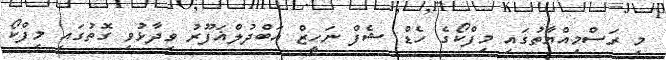
މި ރަސްމިއްޔާތުގައި މިފްކޯގެ ހެޑް ޝެފް ނަހީޒް އަބްދުލްޣަފޫރު ވިދާޅުވި ގޮތުގައި މިފްކޯ